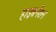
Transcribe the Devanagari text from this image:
हाइबनेंशन